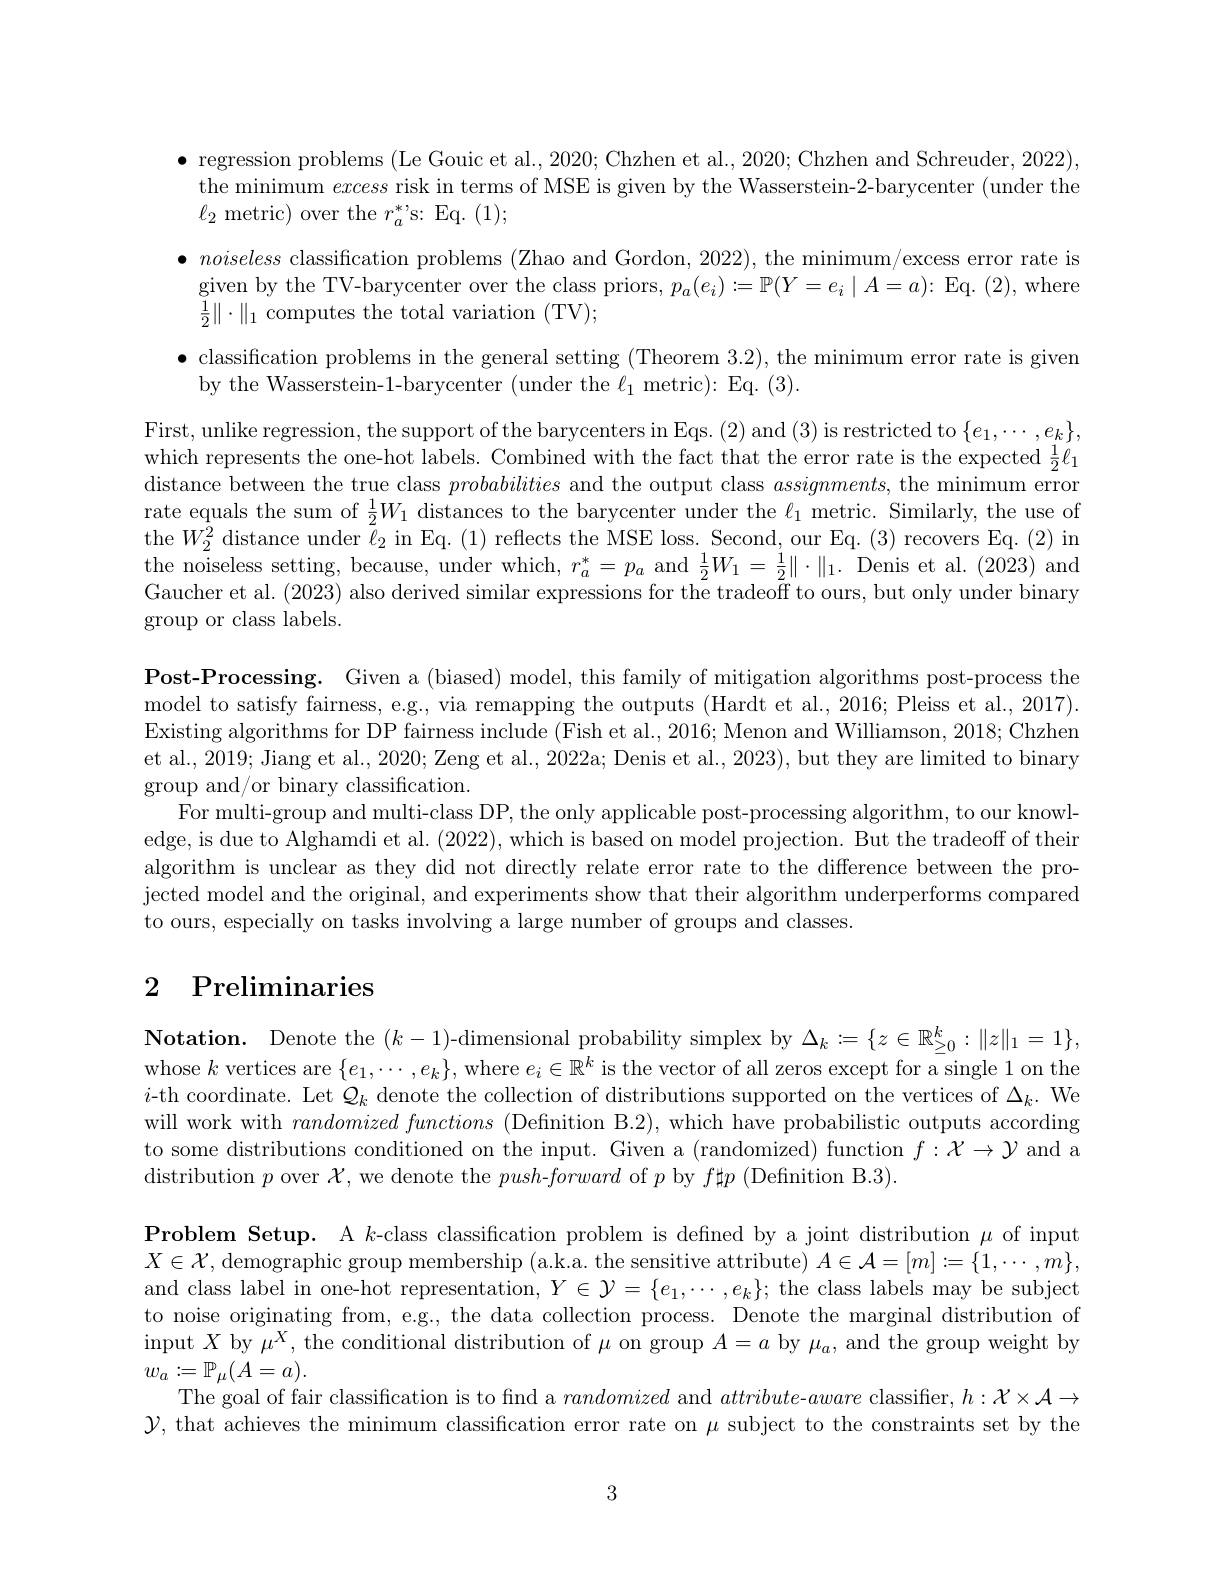
$\bullet$ regression problems (Le Gouic et al., 2020; Chzhen et al., 2020; Chzhen and Schreuder, 2022), the minimum excess risk in terms of MSE is given by the Wasserstein-2-barycenter (under the $\ell_{2}$ metric) over the $r_a^*$s: Eq. (1);
$\bullet noiseless$ classification problems (Zhao and Gordon, 2022), the minimum/excess error rate is given by the TV-barycenter over the class priors, $p_a(e_i):=\mathbb{P}(Y=e_i\mid A=a):$ Eq. (2), where $\frac{1}{2}\|\cdot\|_{1}$ computes the total variation (TV);
$\bullet$ classification problems in the general setting (Theorem 3.2), the minimum error rate is given

by the Wasserstein-1-barycenter (under the $\ell_1$ metric): Eq. (3).

First, unlike regression, the support of the barycenters in Eqs. (2) and (3) is restricted to $\{e_1,\cdots,e_k\}$, which represents the one-hot labels. Combined with the fact that the error rate is the expected $\frac12\ell_1$ distance between the true class probabilities and the output class $assignments$, the minimum error rate equals the sum of $\frac12W_1$ distances to the barycenter under the $\ell_1$ metric. Similarly, the use of the $W_{2}^{\bar{2}}$ distance under $\tilde{\ell}_{2}$ in Eq. (1) reflects the MSE loss. Second, our Eq. (3) recovers Eq. (2) in $\bar{\text{the noiseless setting, because, under which, }r_{a}^{*}}=p_{a}$ and $\frac12W_{1}=\frac12\|\cdot\|_{1}.$ Denis et al.(2023) and Gaucher et al. (2023) also derived similar expressions for the tradeoff to ours, but only under binary group or class labels.

Post-Processing. Given a (biased) model, this family of mitigation algorithms post-process the model to satisfy fairness, e.g., via remapping the outputs (Hardt et al., 2016; Pleiss et al., 2017). Existing algorithms for DP fairness include ( Fish et al. , 2016; Menon and Williamson, 2018; Chzhen et al., 2019; Jiang et al., 2020; Zeng et al., 2022a; Denis et al., 2023), but they are limited to binary group and/or binary classification.
For multi-group and multi-class DP, the only applicable post-processing algorithm, to our knowledge, is due to Alghamdi et al. (2022), which is based on model projection. But the tradeoff of their algorithm is unclear as they did not directly relate error rate to the difference between the projected model and the original, and experiments show that their algorithm underperforms compared to ours, especially on tasks involving a large number of groups and classes.

# 2 Preliminaries

$\textbf{Notation. Denote the }( k- 1)$-dimensional probability simplex by $\Delta_k:=\{z\in\mathbb{R}_{\geq0}^k:\|z\|_1=1\}$, whose $k$ vertices are $\{e_1,\cdots,e_k\}$, where $e_i\in\mathbb{R}^k$ is the vector of all zeros except for a single 1 on the $i$-th coordinate. Let $Q_k$ denote the collection of distributions supported on the vertices of $\Delta_k.$ We will work with randomized functions (Definition B.2), which have probabilistic outputs according to some distributions conditioned on the input. Given a (randomized) function $f:\mathcal{X}\to\mathcal{Y}$ and a ${\mathrm{distribution~}p\mathrm{~over~}}\mathcal{X} , {\mathrm{~we~denote~the~}push- forward\mathrm{~of~}p\mathrm{~by~}f\sharp p\mathrm{~( Definition~B. 3) . }}$

Problem Setup. A $k$-class classification problem is defined by a joint distribution $\mu$ of input $X\in\mathcal{X}$, demographic group membership (a.k.a. the sensitive attribute) $A\in\mathcal{A}=[m]:=\{1,\cdots,m\}$, and class label in one-hot representation, $Y\in\mathcal{Y}=\{e_1,\cdots,e_k\};$ the class labels may be subject to noise originating from, e.g., the data collection process. Denote the marginal distribution of input $X$ by $\mu^X$, the conditional distribution of $\mu$ on group $A=a$ by $\mu_a$, and the group weight by $w_{a}:=\mathbb{P}_{\mu}(A=a).$
The goal of fair classification is to find a randomized and attribute-aware classifier, $h:\mathcal{X}\times\mathcal{A}\to$ $\mathcal{Y}$, that achieves the minimum classification error rate on $\mu$ subject to the constraints set by the

3